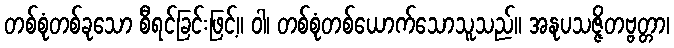
တစ်စုံတစ်ခုသော စီရင်ခြင်းဖြင့်။ ဝါ၊ တစ်စုံတစ်ယောက်သောသူသည်။ အနုပသဇ္ဇိတဗ္ဗတ္တာ၊